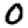
Digit: 0